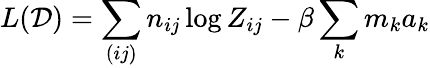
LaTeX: L(\mathcal D)=\sum_{(ij)}n_{ij}\log Z_{ij}-\beta\sum_{k}m_{k}a_{k}